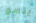
يتسع